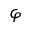
\varphi